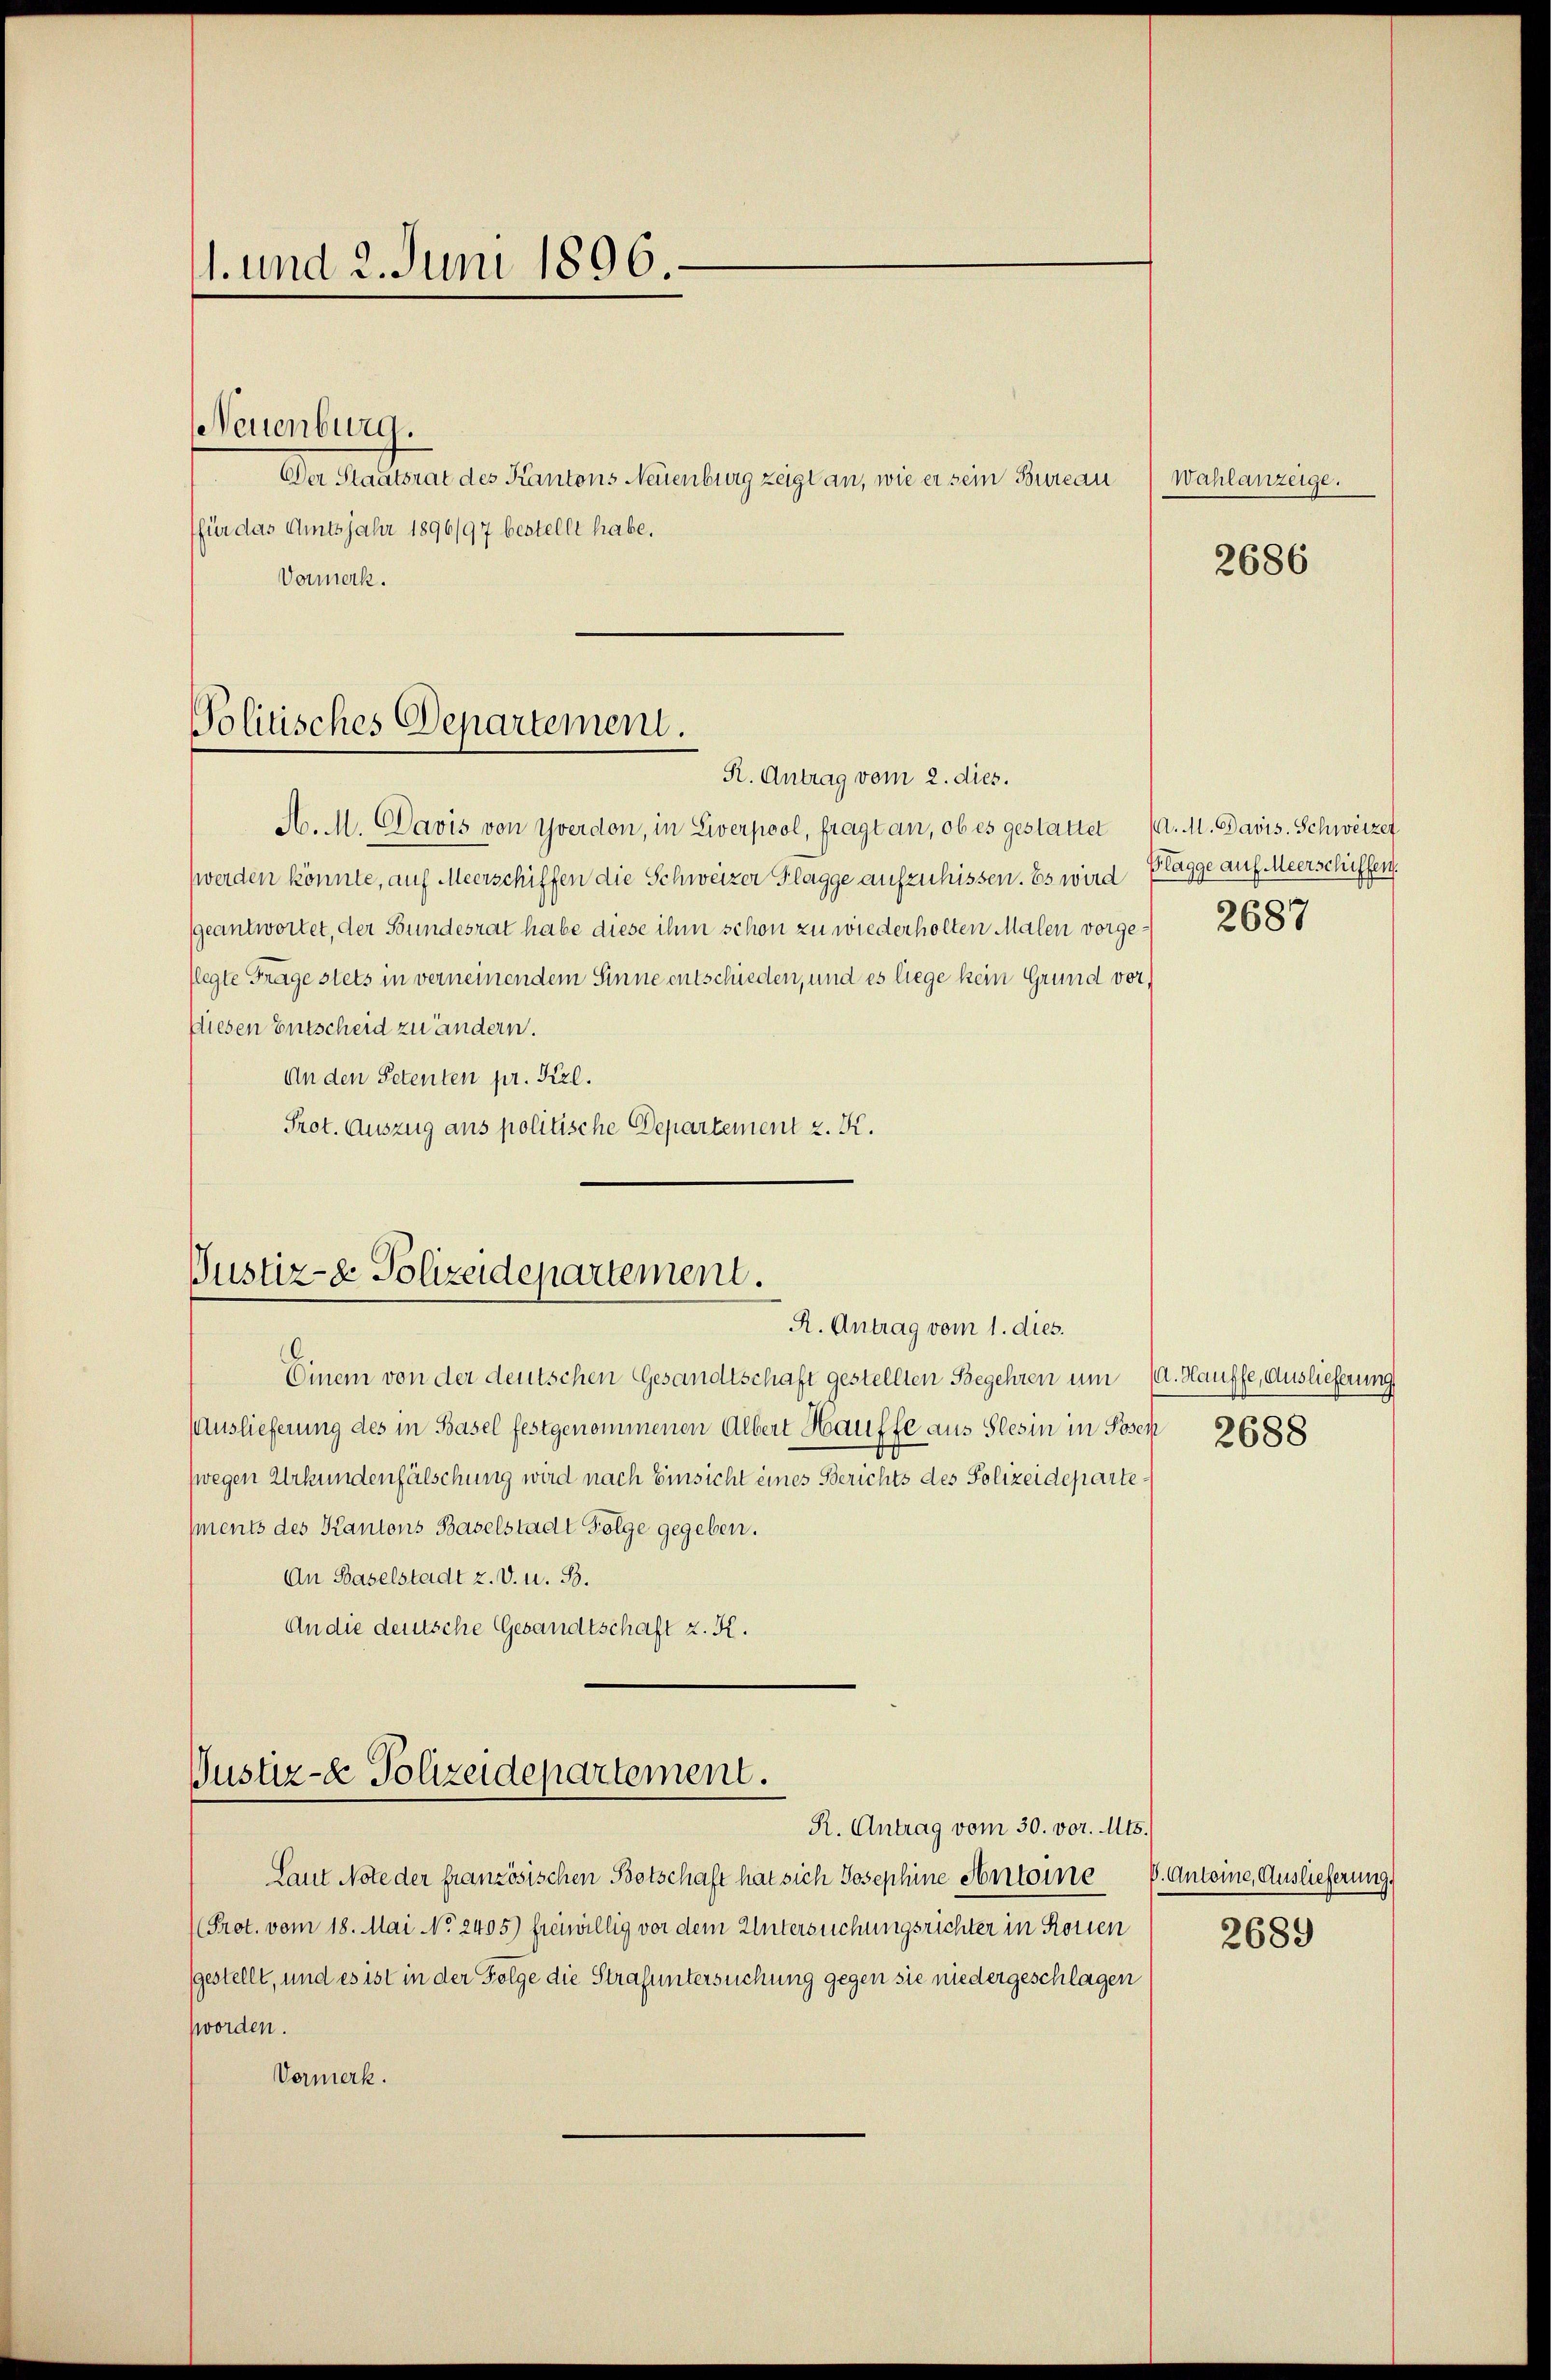
11. und 2. Juni 1896.

Der Staatsrat des Kantons Neuenburg zeigt an, wie er sein Bureau
für das Amtsjahr 1896/97 bestellt habe.
Vormerk.

NNeuenburg.

Politisches Departement.
R. Antrag vom 2. dies.

Justiz- & Polizeidepartement.

A. M. Davis von Yverdon, in Liverpool, fragt an, ob es gestattet (a. M. Davis. Schweizer
(werden könnte, auf Meerschiffen die Schweizer Flagge aufzuhissen. Es wird
geantwortet, der Bundesrat habe diese ihm schon zu wiederholten Malen vorgeflegte Frage stets in verneinen dem Sinne entschieden, und es liege kein Grund vor,
Diesen Entscheid zu ändern.
An den Petenten pr. Frl.
Prot. Auszug aus politische Departement z. K.

Justiz- & Polizeidepartement.
R. Antrag vom 30. vor. Mts.

R. Antrag vom 1. dies.
Einem von der deutschen Gesandtschaft gestellten Begehren um (a. Hauffe, Auslieferung
Auslieferung des in Basel festgenommenen Albert Hauffe aus Slesin in Posen
zwegen Urkundenfälschung wird nach Einsicht eines Berichts des Polizeidepartements des Kantons Baselstadt Folge gegeben.
An Baselstadt z. v. u. B.
An die deutsche Gesandtschaft z. K.

Laut Note der französischen Botschaft hat sich Josephine Antoine V. Antoine, Auslieferung.
(Prot. vom 18. Mai No 2405) freiwillig vor dem Untersuchungsrichter in Konsen
gestellt, und es ist in der Folge die Strafuntersuchung gegen sie niedergeschlagen
worden.
Vormerk.

Wahlanzeige.

2686

Plagge auf Meerschiffen.
2687

2688

2689